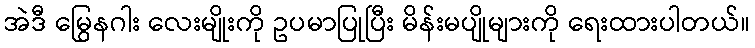
အဲဒီ မြွေနဂါး လေးမျိုးကို ဥပမာပြုပြီး မိန်းမပျိုများကို ရေးထားပါတယ်။